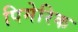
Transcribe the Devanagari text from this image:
पिमेरिक